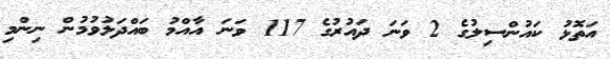
އަތޮޅު ކައުންސިލުގެ 2 ވަނަ ދައުރުގެ 117 ވަނަ އާއްމު ބައްދަލުވުމުން ނިންމި